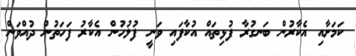
ކަމަށާއި އެކާރުން ބަނގުރާ ފުޅިތައް އުކާފައި ވަނީ ފުލުހުން އެކާރު ފަހަތުން ދުއްވަން